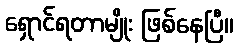
ရှောင်ရတာမျိုး ဖြစ်နေပြီ။